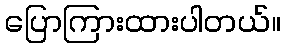
ပြောကြားထားပါတယ်။